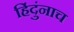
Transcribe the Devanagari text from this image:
हिंदुंनाच